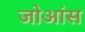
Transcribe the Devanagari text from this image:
जोआंस